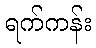
ရက်ကန်း